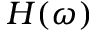
H ( \omega )